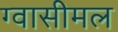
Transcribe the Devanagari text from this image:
ग्वासीमल